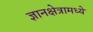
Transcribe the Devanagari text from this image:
ज्ञानक्षेत्रामध्ये